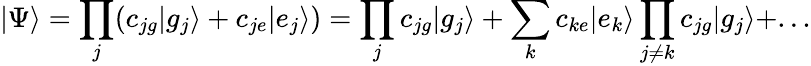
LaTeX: |\Psi\rangle=\prod_{j}(c_{jg}|g_{j}\rangle+c_{je}|e_{j}\rangle)=\prod_{j}c_{jg}|g_{j}\rangle+\sum_{k}c_{ke}|e_{k}\rangle\prod_{j\neq k}c_{jg}|g_{j}\rangle+...